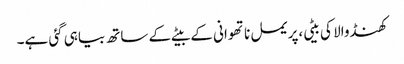
کھنڈوالا کی بیٹی،پریمل ناتھوانی کے بیٹے کے ساتھ بیاہی گئی ہے۔